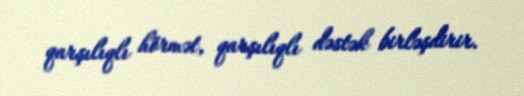
qarşılıqlı hörmət, qarşılıqlı dəstək birləşdirir.